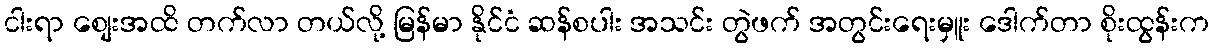
ငါးရာ စျေးအထိ တက်လာ တယ်လို့ မြန်မာ နိုင်ငံ ဆန်စပါး အသင်း တွဲဖက် အတွင်းရေးမှူး ဒေါက်တာ စိုးထွန်းက